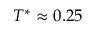
T ^ { * } \approx 0 . 2 5